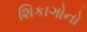
શિકાગોનો